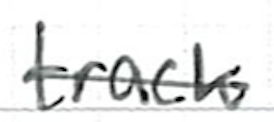
Text: track
Cross-out: mix
Writing tool: ballpoint